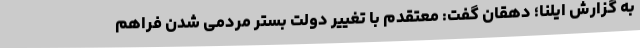
به گزارش ایلنا؛ دهقان گفت: معتقدم با تغییر دولت بستر مردمی شدن فراهم